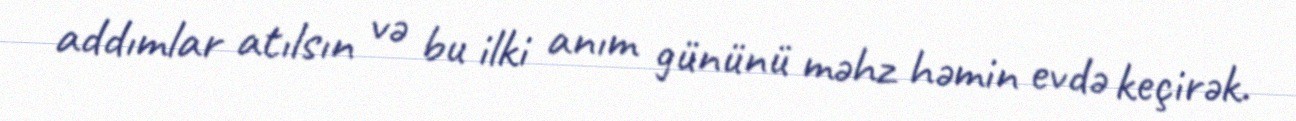
addımlar atılsın və bu ilki anım gününü məhz həmin evdə keçirək.